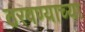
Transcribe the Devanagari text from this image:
ठरवण्याच्या